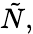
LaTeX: \tilde{N},